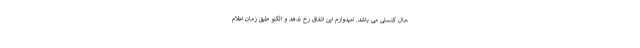
حال کنسلی می باشد. امیدوارم این اتفاق رخ ندهد و الکنو طبق زمان اعلام